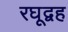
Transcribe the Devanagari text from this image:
रघूद्वह